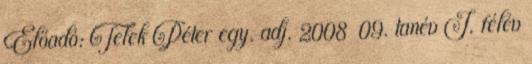
Előadó: Telek Péter egy. adj. 2008 09. tanév I. félév